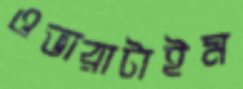
ওভারাটাইম